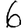
Digit: 6